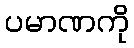
ပမာဏကို